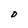
Character: O